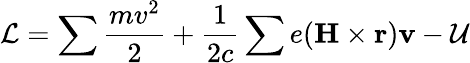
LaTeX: \mathcal{L}=\sum\frac{mv^{2}}{2}+\frac{1}{2c}\sum e(\textbf{H}\times\textbf{r})\textbf{v}-\mathcal{U}